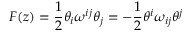
F ( z ) = \frac 1 2 \theta _ { i } \omega ^ { i j } \theta _ { j } = - \frac 1 2 \theta ^ { i } \omega _ { i j } \theta ^ { j }